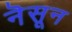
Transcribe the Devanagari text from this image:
नॆसून